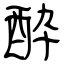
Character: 酔